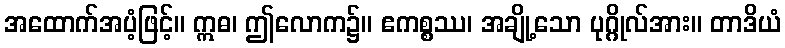
အထောက်အပံ့ဖြင့်။ ဣဓ၊ ဤလောက၌။ ဧကစ္စဿ၊ အချို့သော ပုဂ္ဂိုလ်အား။ တာဒိယံ